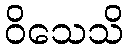
ဝိသေသိ